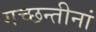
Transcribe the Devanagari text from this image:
गच्छन्तीनां